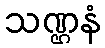
သဏ္ဌနံ